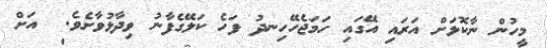
މީހުން ނާކޮޅަށް އަރައި އޭގައި ހަމަޖެހޭހިނދު ފަހެ ކަލޭގެފާނު ވިދާޅުވާށެވެ.  އަށް